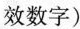
效数字)